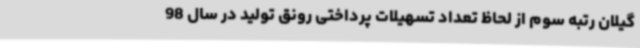
گیلان رتبه سوم از لحاظ تعداد تسهیلات پرداختی رونق تولید در سال 98